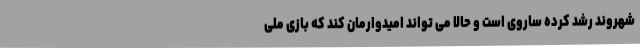
شهروند رشد کرده ساروی است و حالا می تواند امیدوارمان کند که بازی ملی